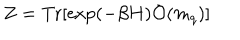
Z = \mathrm { T r } [ \exp ( - \beta H ) { \cal O } ( m _ { q } ) ]